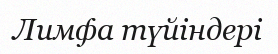
Лимфа түйіндері